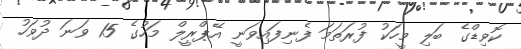
ކޮވިޑްގެ ބަލި މީހަކު ފުރަތަމަ ފެނިފައިވަނީ އޭޕްރީލް މަހުގެ 15 ވަނަ ދުވަހު